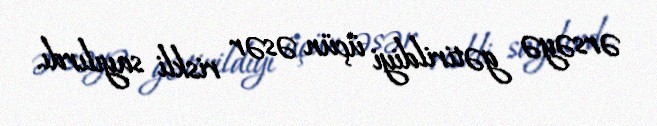
ərsəyə gətirildiyi üçün əsər riskli sayılırdı.